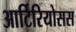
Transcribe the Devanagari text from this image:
आर्टिरियोसस